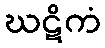
ဃဋိကံ